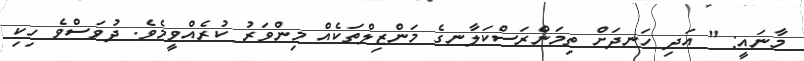
މާނައީ: " އަދި ހަނދަށް ތިމަންރަސްކަލާނގެ މަންޒިލްތަކެއް މިންވަރު ކުރެއްވީމެވެ. ދުވަސްވެ ހިކި